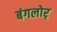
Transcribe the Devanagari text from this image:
बंगलोर्